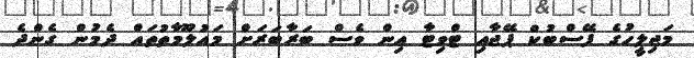
މަޖިލީހުގެ ފޭސްބުކް ޕޭޖާއި ޓްވިޓާ އިން ވެސް ބަރާބަރަށް މައުލޫމާތުތައް ދެމުން ގެންދެ